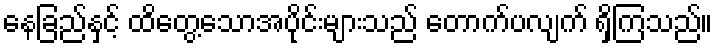
နေခြည်နှင့် ထိတွေ့သောအပိုင်းများသည် တောက်ပလျက် ရှိကြသည်။